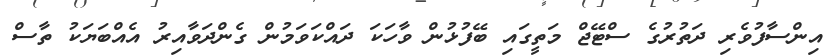
އިންސާފުވެރި ދަތުރުގެ ސްޓޭޖް މަތީގައި ބޭފުޅުން ވާހަކަ ދައްކަވަމުން ގެންދަވާއިރު އެއްބަޔަކު ތާސް